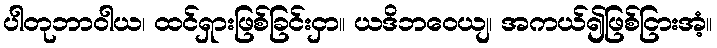
ပါတုဘာဝါယ၊ ထင်ရှားဖြစ်ခြင်းငှာ။ ယဒိဘဝေယျ၊ အကယ်၍ဖြစ်ငြားအံ့။